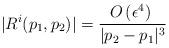
LaTeX: \begin{align*}| R^i(p_1,p_2) | = \frac{O\left(\epsilon^4\right) \;}{ | p_2 - p_1 |^3 } \end{align*}